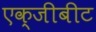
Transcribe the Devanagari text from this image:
एक्जीबीट